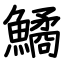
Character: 鱊